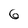
Character: 6